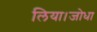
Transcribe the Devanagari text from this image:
लिया।जोधा